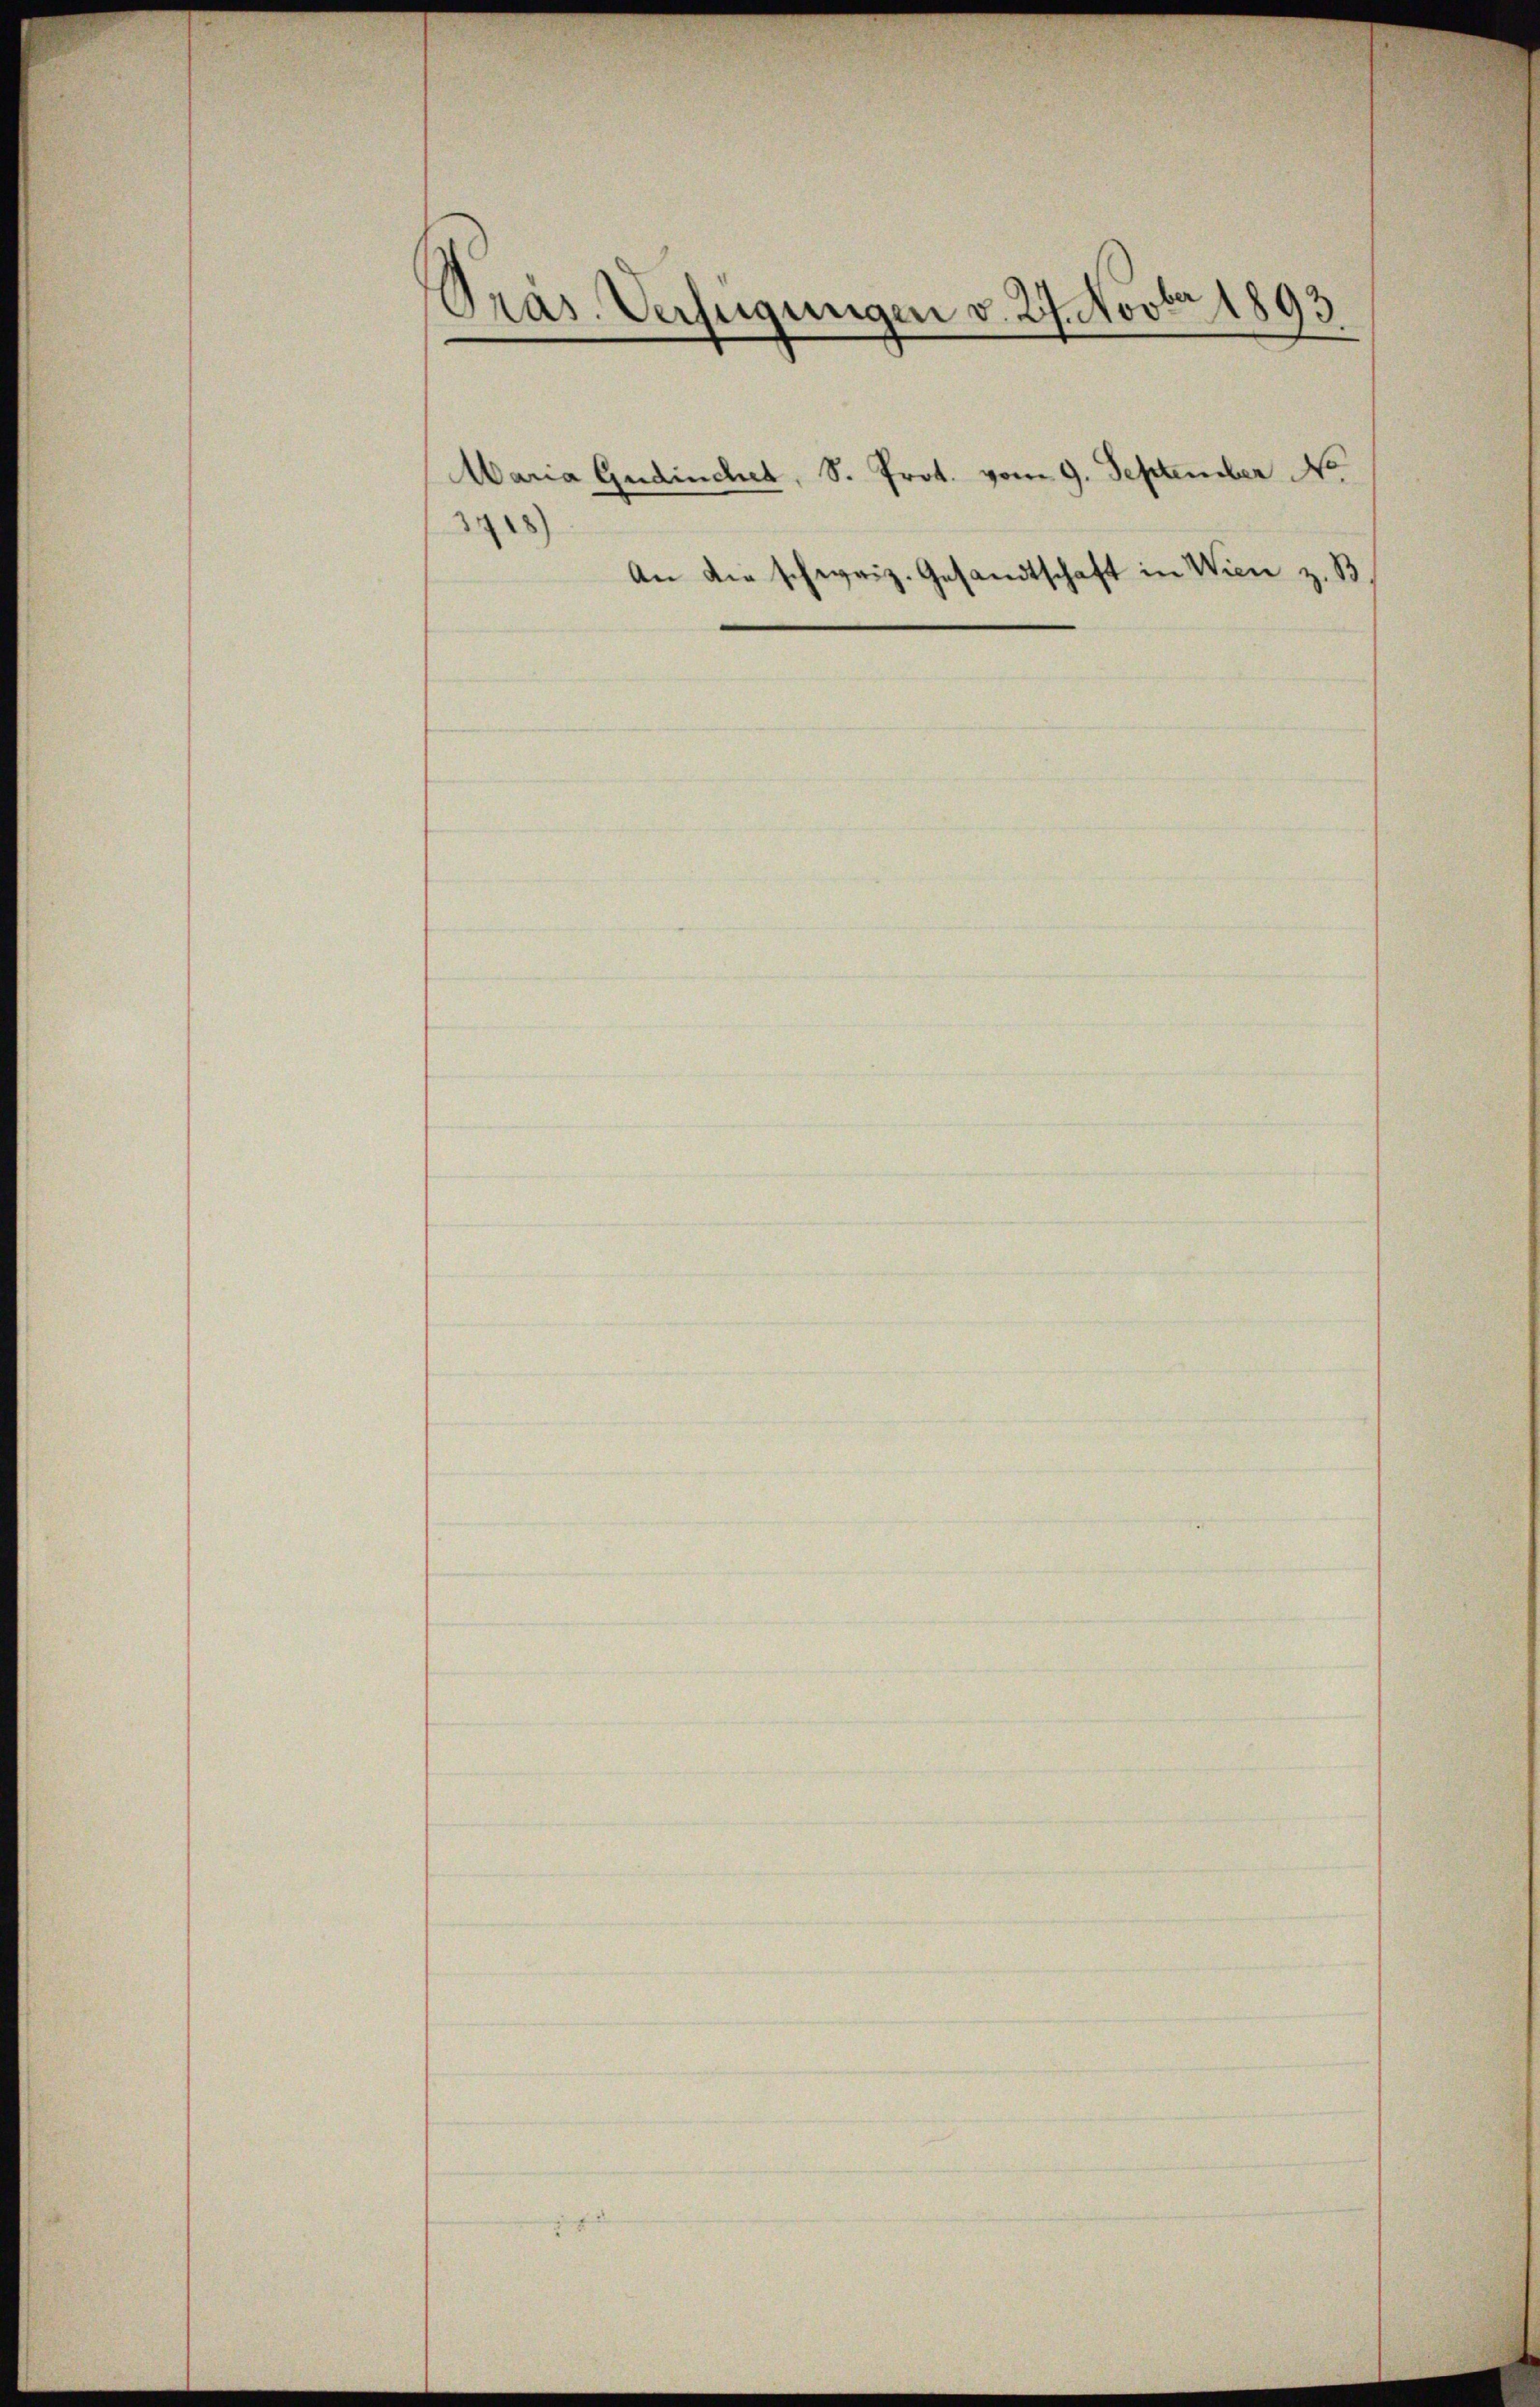
Pras. Verfügungen v. 27. Novbr 1893.

Maria Gudinchet, S. Prot. vom 9. September No
)
An die schweiz. Gesandtschaft in Wien z. B